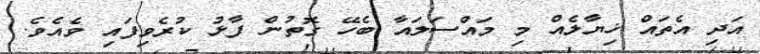
އަދި އެތައް ޚިޔާލެއް މި މައްސަލައާ ބެހޭ ގޮތުން ފާޅު ކުރެވިފައި ވެއެވެ.